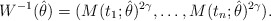
\begin{align*}W^{-1}(\hat{\theta})= (M(t_1;\hat{\theta})^{2\gamma},\dots,M(t_n;\hat{\theta})^{2\gamma}).\end{align*}